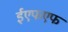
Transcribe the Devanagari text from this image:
ईएफएफ